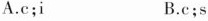
A.c;i B.c;s